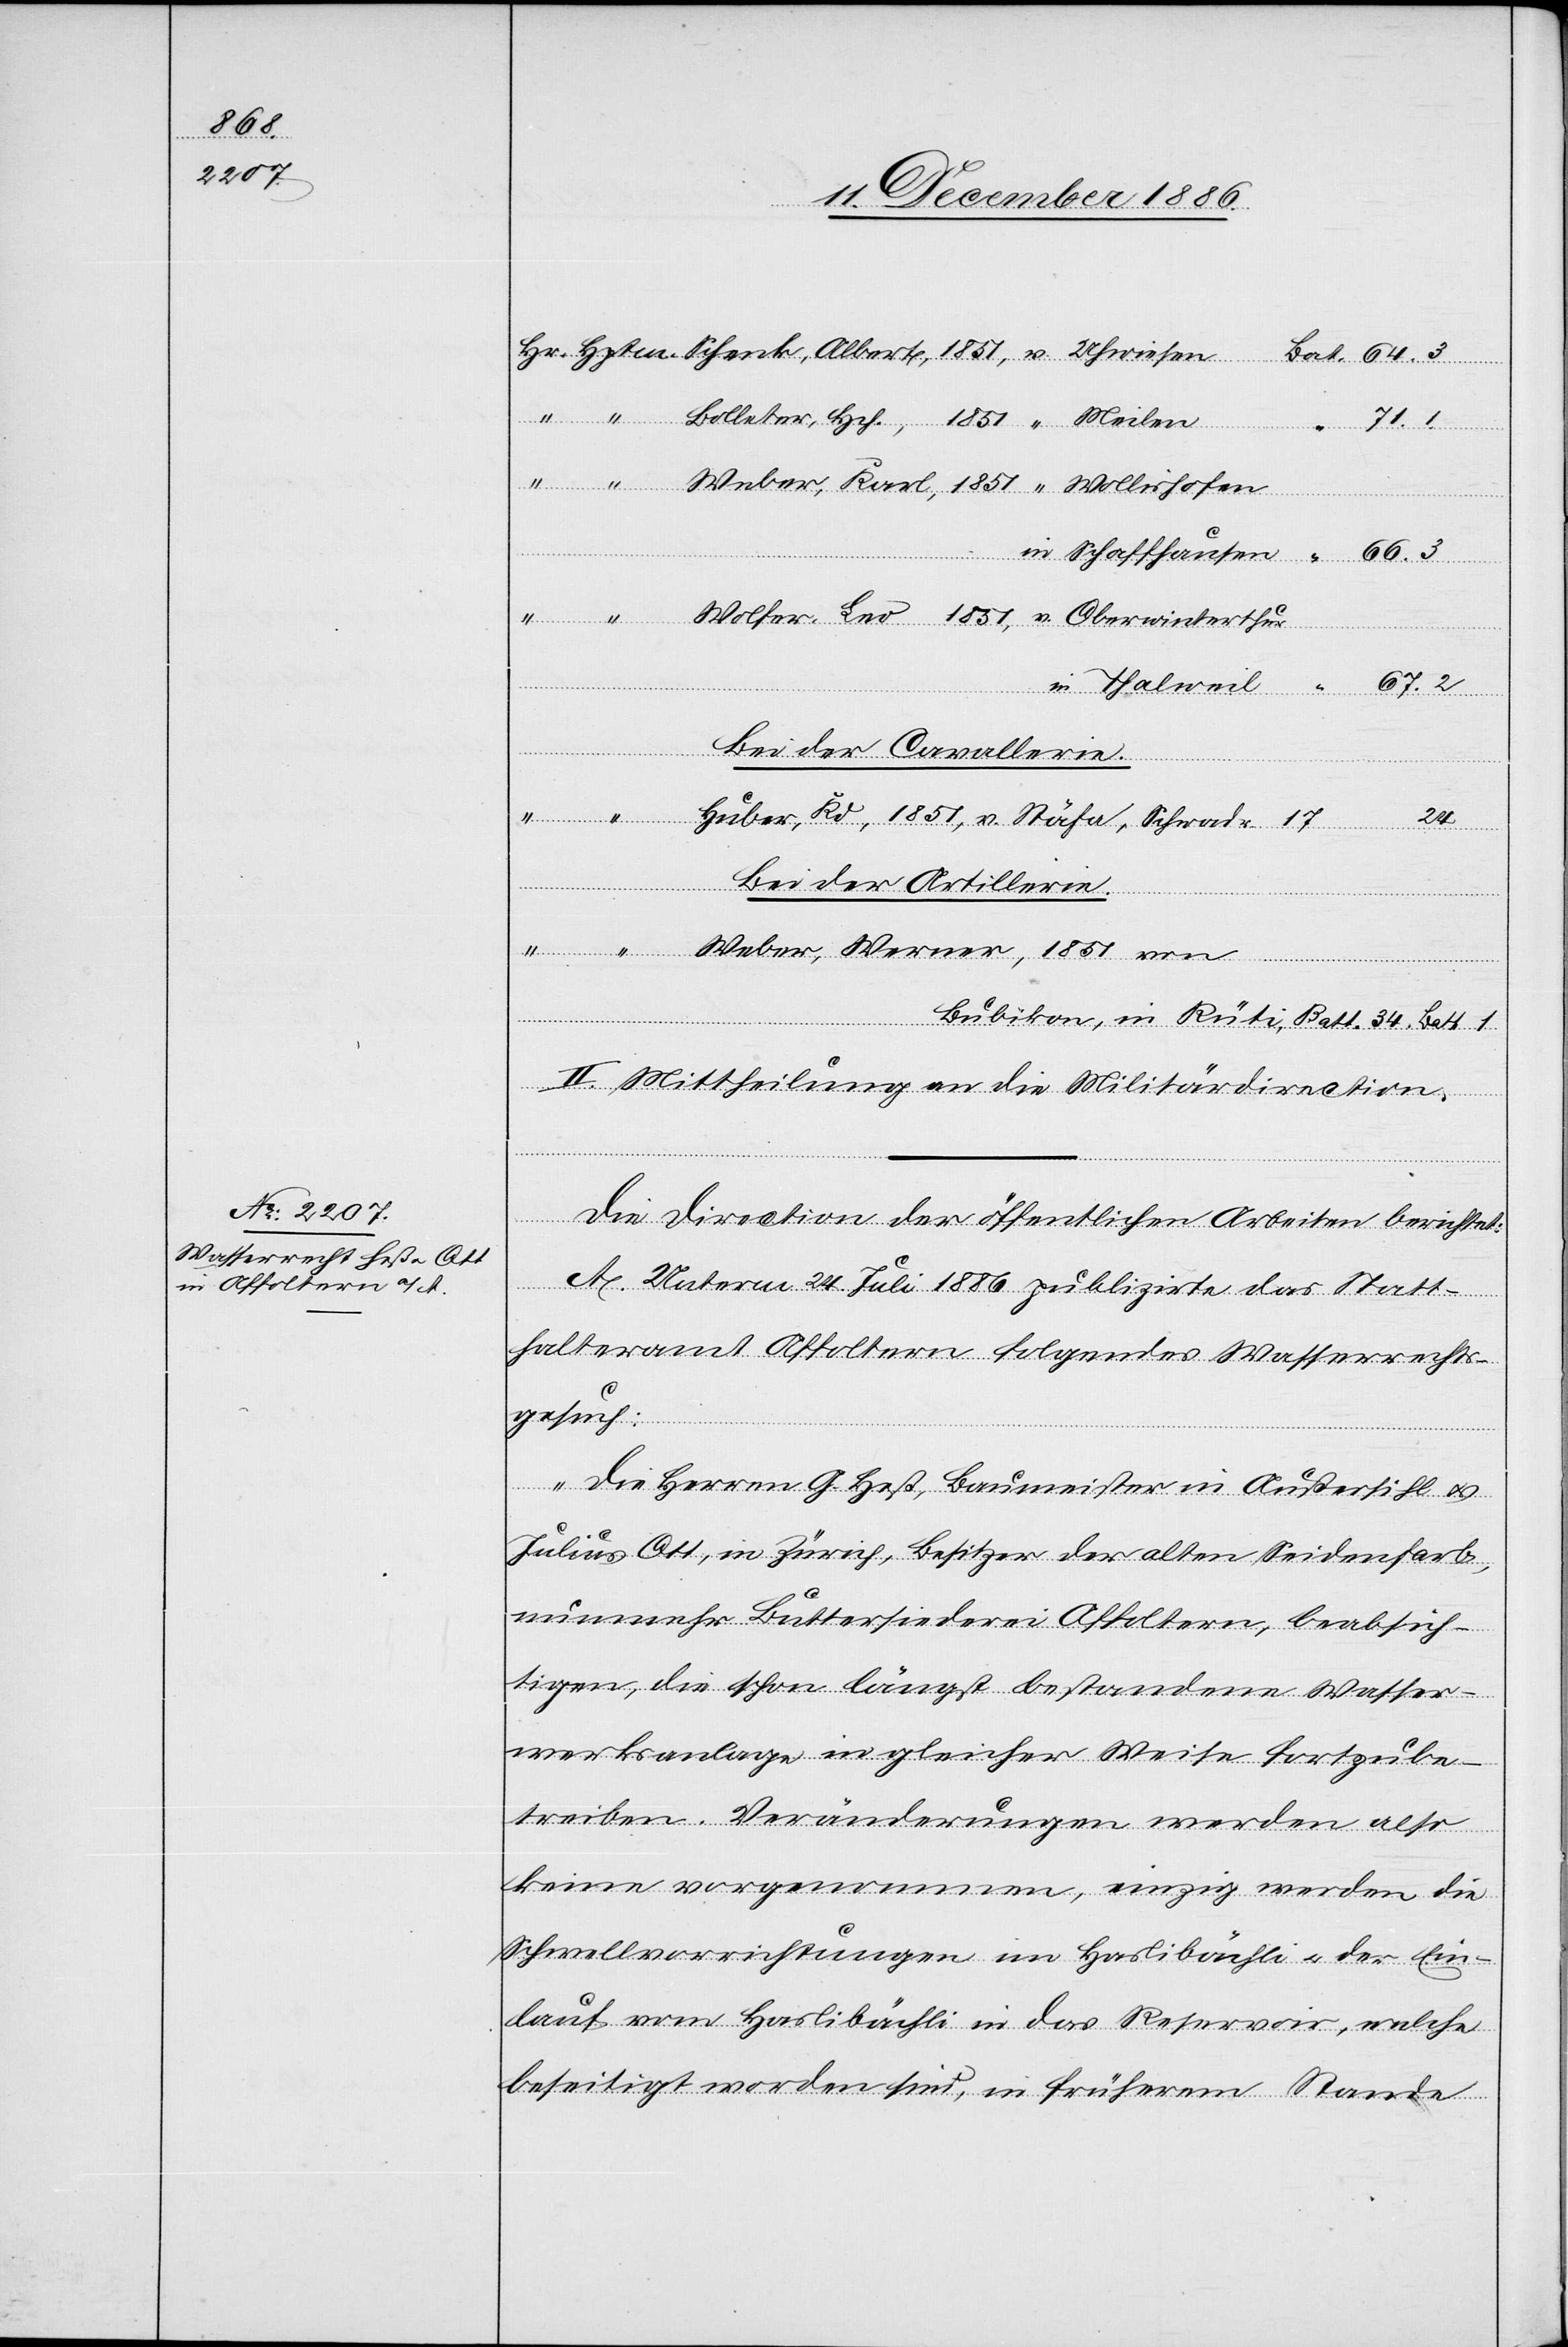
Bat.
Bolleter, Hch., 1851 “ Meilen
Weber, Karl, 1851 “ Wollishofen
in
Wolfer Leo 1851, v. Oberwinterthur
Weber,
Bei der Cavallerie.
34.
Huber, Kd, 1851, v. Stäfa, Schwadr. 17
Bubikon,
in
Bei der Artillerie.
Hptm.
Batt.
Batt.
II. Mittheilung an die Militärdirection.
Die Direction der öffentlichen Arbeiten berichtet:
A. Unterm 24. Juli 1886 publizirte das Statt¬
halteramt Affoltern folgendes Wasserrechts¬
gesuch:
„Die Herren G. Heß, Baumeister in Außersihl &
Julius Ott, in Zürich, Besitzer der alten Seidenfarb,
nunmehr Buttersiederei Affoltern, beabsich¬
tigen, die schon längst bestandene Wasser¬
werksanlage in gleicher Weise fortzube¬
treiben. Veränderungen werden also
keine vorgenommen, einzig werden die
Schwellvorrichtungen im Haslibächli & der Ein¬
lauf vom Haslibächli in das Reservoir, welche
beseitigt worden sind, in früherem Stande